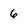
Character: 6